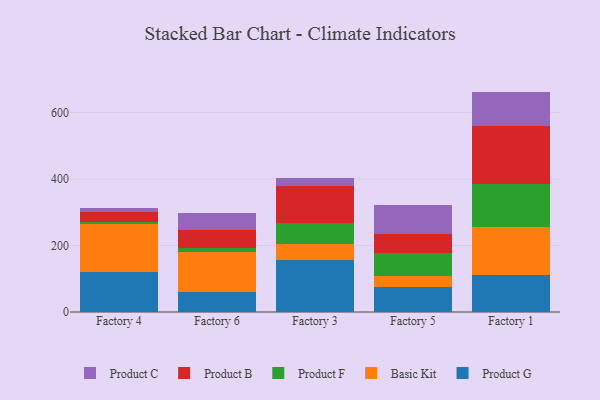
{"axis": {"x": "Factory", "y": "Humidity (%)"}, "legend": ["Basic Kit", "Product B", "Product C", "Product F", "Product G"], "data": [{"x": "Factory 4", "y": 120.2, "type": "Product G"}, {"x": "Factory 4", "y": 144.4, "type": "Basic Kit"}, {"x": "Factory 4", "y": 7.4, "type": "Product F"}, {"x": "Factory 4", "y": 27.4, "type": "Product B"}, {"x": "Factory 4", "y": 13.2, "type": "Product C"}, {"x": "Factory 6", "y": 60.8, "type": "Product G"}, {"x": "Factory 6", "y": 120.9, "type": "Basic Kit"}, {"x": "Factory 6", "y": 11.8, "type": "Product F"}, {"x": "Factory 6", "y": 53.6, "type": "Product B"}, {"x": "Factory 6", "y": 49.2, "type": "Product C"}, {"x": "Factory 3", "y": 156.9, "type": "Product G"}, {"x": "Factory 3", "y": 47.2, "type": "Basic Kit"}, {"x": "Factory 3", "y": 62.0, "type": "Product F"}, {"x": "Factory 3", "y": 112.5, "type": "Product B"}, {"x": "Factory 3", "y": 24.4, "type": "Product C"}, {"x": "Factory 5", "y": 76.5, "type": "Product G"}, {"x": "Factory 5", "y": 32.0, "type": "Basic Kit"}, {"x": "Factory 5", "y": 69.4, "type": "Product F"}, {"x": "Factory 5", "y": 55.9, "type": "Product B"}, {"x": "Factory 5", "y": 88.4, "type": "Product C"}, {"x": "Factory 1", "y": 110.7, "type": "Product G"}, {"x": "Factory 1", "y": 145.1, "type": "Basic Kit"}, {"x": "Factory 1", "y": 129.1, "type": "Product F"}, {"x": "Factory 1", "y": 173.9, "type": "Product B"}, {"x": "Factory 1", "y": 103.6, "type": "Product C"}]}